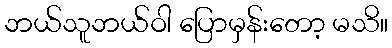
ဘယ်သူဘယ်ဝါ ပြောမှန်းတော့ မသိ။